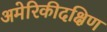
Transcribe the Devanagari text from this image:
अमेरिकीदक्षिण